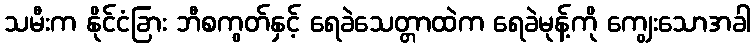
သမီးက နိုင်ငံခြား ဘီစကွတ်နှင့် ရေခဲသေတ္တာထဲက ရေခဲမုန့်ကို ကျွေးသောအခါ